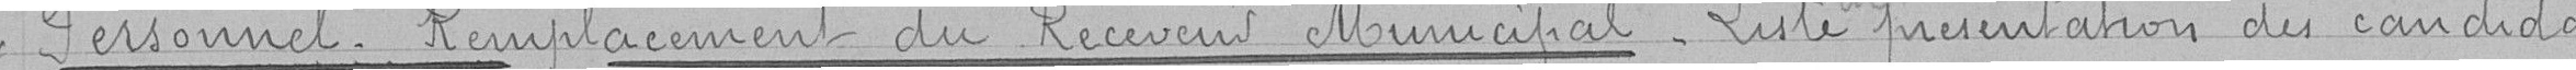
Personnel. Remplacement du Receveur Municipal - Liste de présentation des candidats